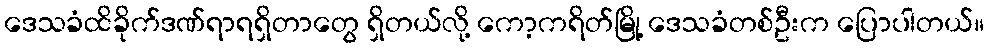
ဒေသခံထိခိုက်ဒဏ်ရာရရှိတာတွေ ရှိတယ်လို့ ကော့ကရိတ်မြို့ ဒေသခံတစ်ဦးက ပြောပါတယ်။